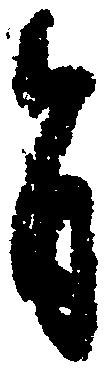
旨